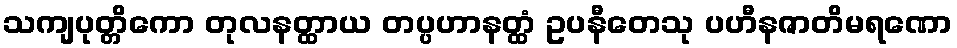
သကျပုတ္တိကော တုလနတ္ထာယ တပ္ပဟာနတ္ထံ ဥပနီတေသု ပဟီနဇာတိမရဏော